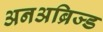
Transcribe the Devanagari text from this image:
अनअब्रिज्ड